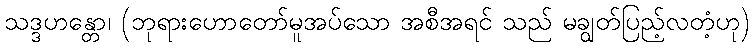
သဒ္ဒဟန္တော၊ (ဘုရားဟောတော်မူအပ်သော အစီအရင် သည် မချွတ်ပြည့်လတံ့ဟု)